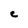
Character: C